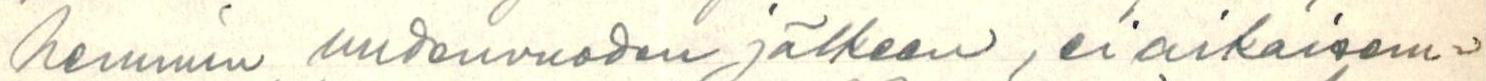
hemmin uudenvuoden jälkeen, ei aikaisem=